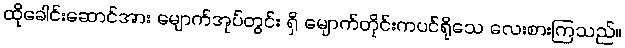
ထိုခေါင်းဆောင်အား မျောက်အုပ်တွင်း ရှိ မျောက်တိုင်းကပင်ရိုသေ လေးစားကြသည်။